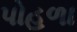
પોહળા